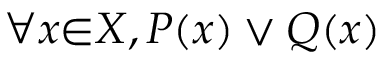
\forall { x } { \in } X , P ( x ) \lor Q ( x )